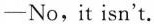
—No,it isn't.